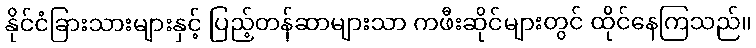
နိုင်ငံခြားသားများနှင့် ပြည့်တန်ဆာများသာ ကဖီးဆိုင်များတွင် ထိုင်နေကြသည်။